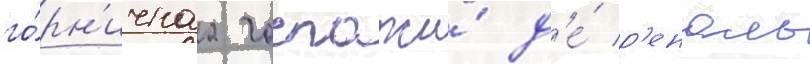
го́рн'ичнаа госпожи́ д'е́ р'еналь